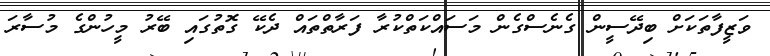
ވަޒީފާތަކަށް ބިދޭސީން ގެނެސްގެން މަސައްކަތްކުރާ ފަރާތްތައް ދެކޭ ގޮތުގައި ބޭރު މީހުންގެ މުސާރަ